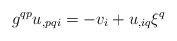
\begin{align*}g^{qp}u_{,pqi}=-v_{i}+u_{,iq}\xi^q\end{align*}